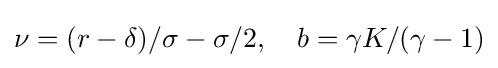
\nu =(r-\delta )/\sigma -\sigma /2,\quad b=\gamma K/(\gamma -1)